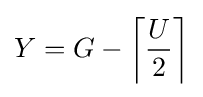
Y=G-\left\lceil {\frac {U}{2}}\right\rceil